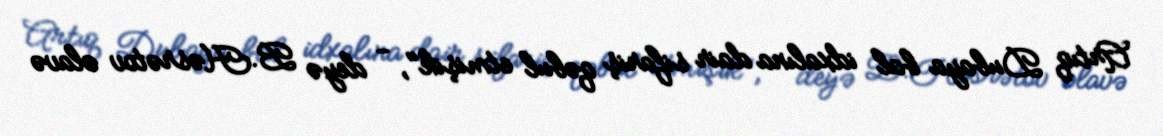
Artıq Dubaya bal idxalına dair sifariş qəbul etmişik", - deyə B.Həsrətov əlavə